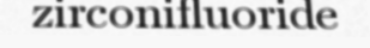
zirconifluoride